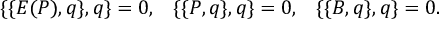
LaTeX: \{ \{ E ( P ) , q \} , q \} = 0 , \; \; \; \{ \{ P , q \} , q \} = 0 , \; \; \; \{ \{ B , q \} , q \} = 0 .